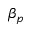
\beta _ { p }